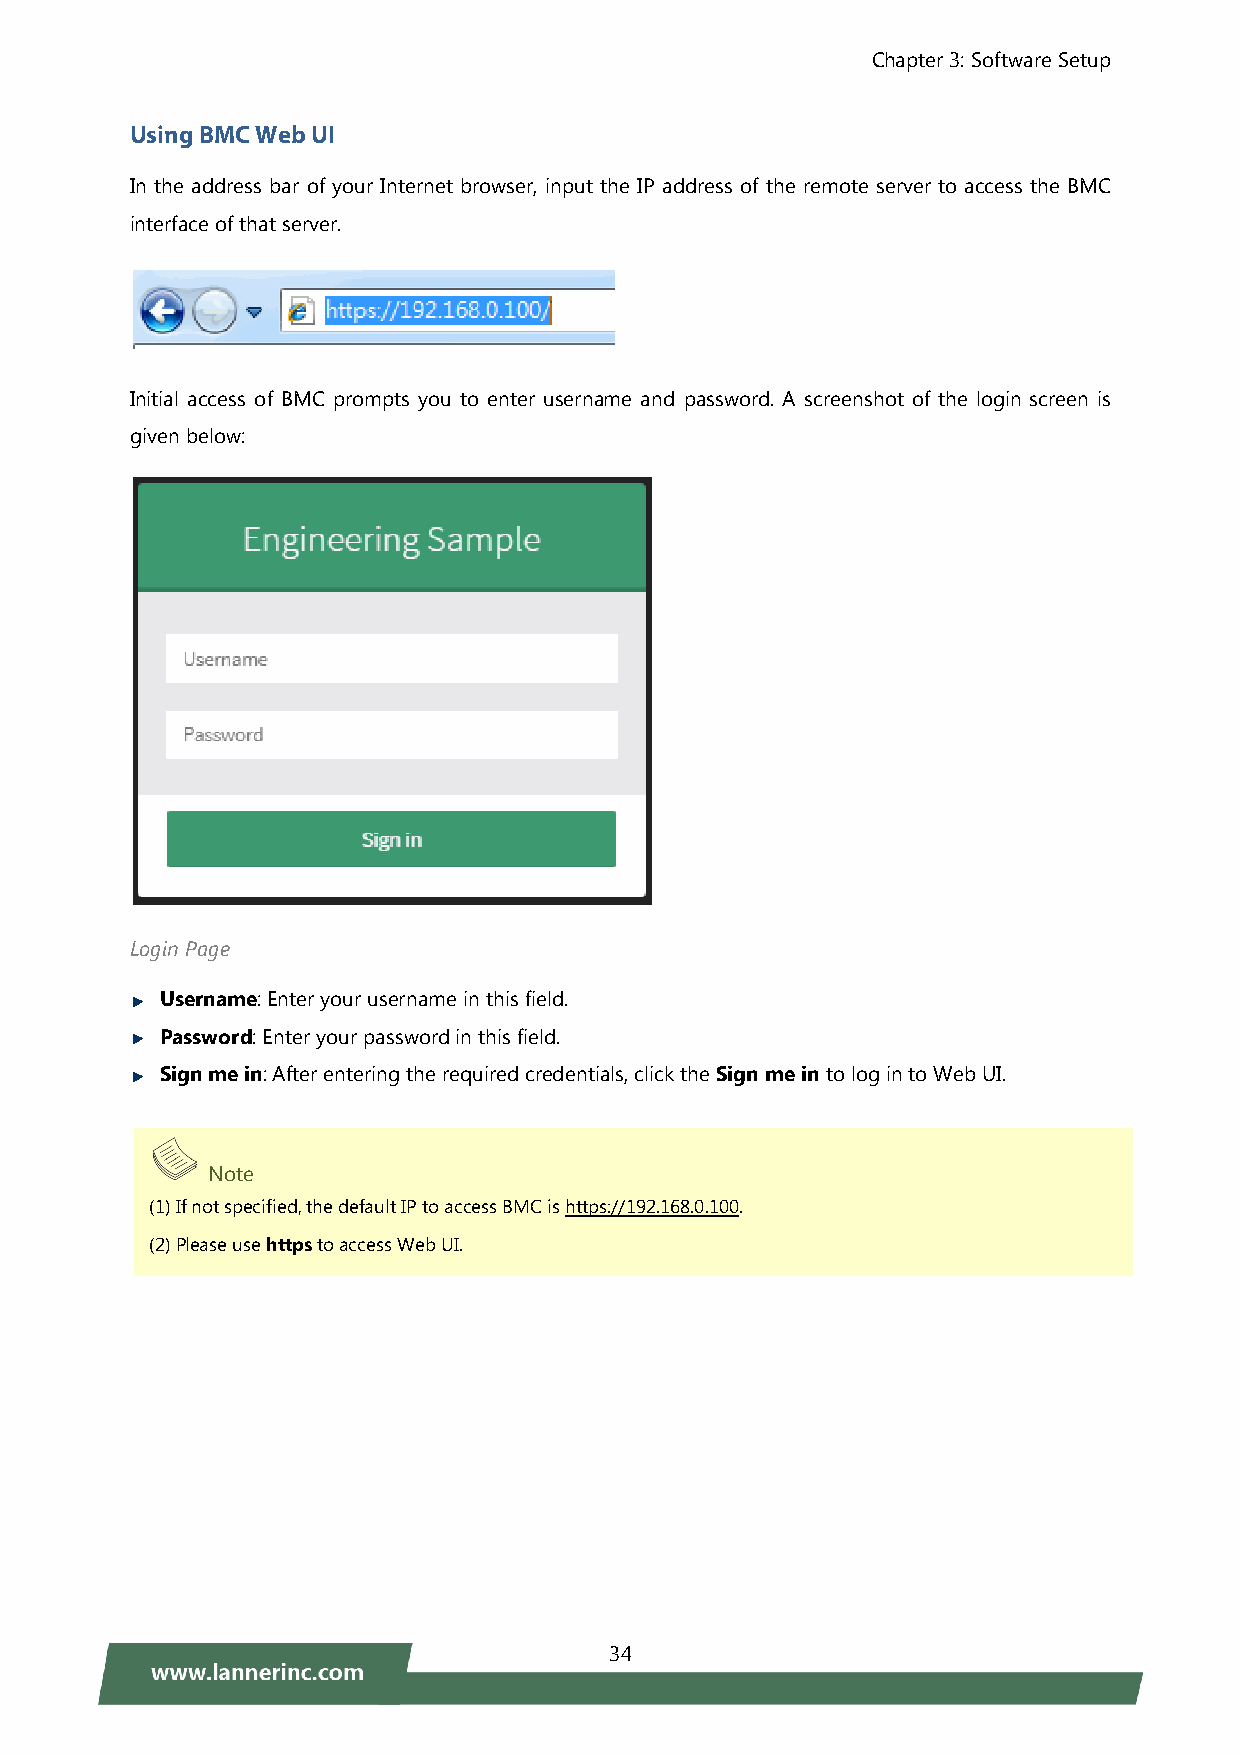
Chapter 3: Software Setup
 Using BMC Web UI
 In the address bar of your Internet browser, input the IP address of the remote server to access the BMC
 interface of that server.
 Initial access of BMC prompts you to enter username and password. A screenshot of the login screen is
 given below:
 Login Page
 Username: Enter your username in this field.
 Password: Enter your password in this field.
 Sign me in: After entering the required credentials, click the Sign me in to log in to Web UI.
 Note
 (1) If not specified, the default IP to access BMC is https://192.168.0.100.
 (2) Please use https to access Web UI.
 34